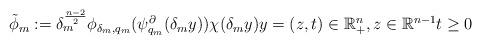
LaTeX: \begin{align*}\tilde{\phi}_{m}:=\delta_{m}^{\frac{n-2}{2}}\phi_{\delta_{m},q_{m}}(\psi_{q_{m}}^{\partial}(\delta_{m}y))\chi(\delta_{m}y)y=(z,t)\in\mathbb{R}_{+}^{n},z\in\mathbb{R}^{n-1}t\ge0\end{align*}